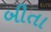
બીતા